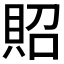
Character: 𧵓